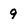
Character: 9